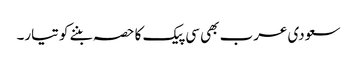
سعودی عرب بھی سی پیک کا حصہ بننے کو تیار۔